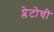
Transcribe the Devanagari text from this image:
प्लेटोची